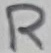
Text: R